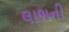
લાભની